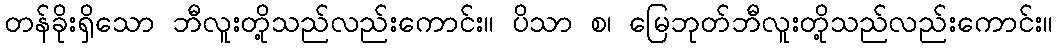
တန်ခိုးရှိသော ဘီလူးတို့သည်လည်းကောင်း။ ပိသာ စ၊ မြေဘုတ်ဘီလူးတို့သည်လည်းကောင်း။